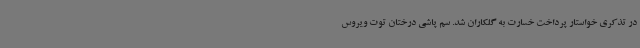
در تذکری خواستار پرداخت خسارت به گلکاران شد. سم پاشی درختان توت ویروس